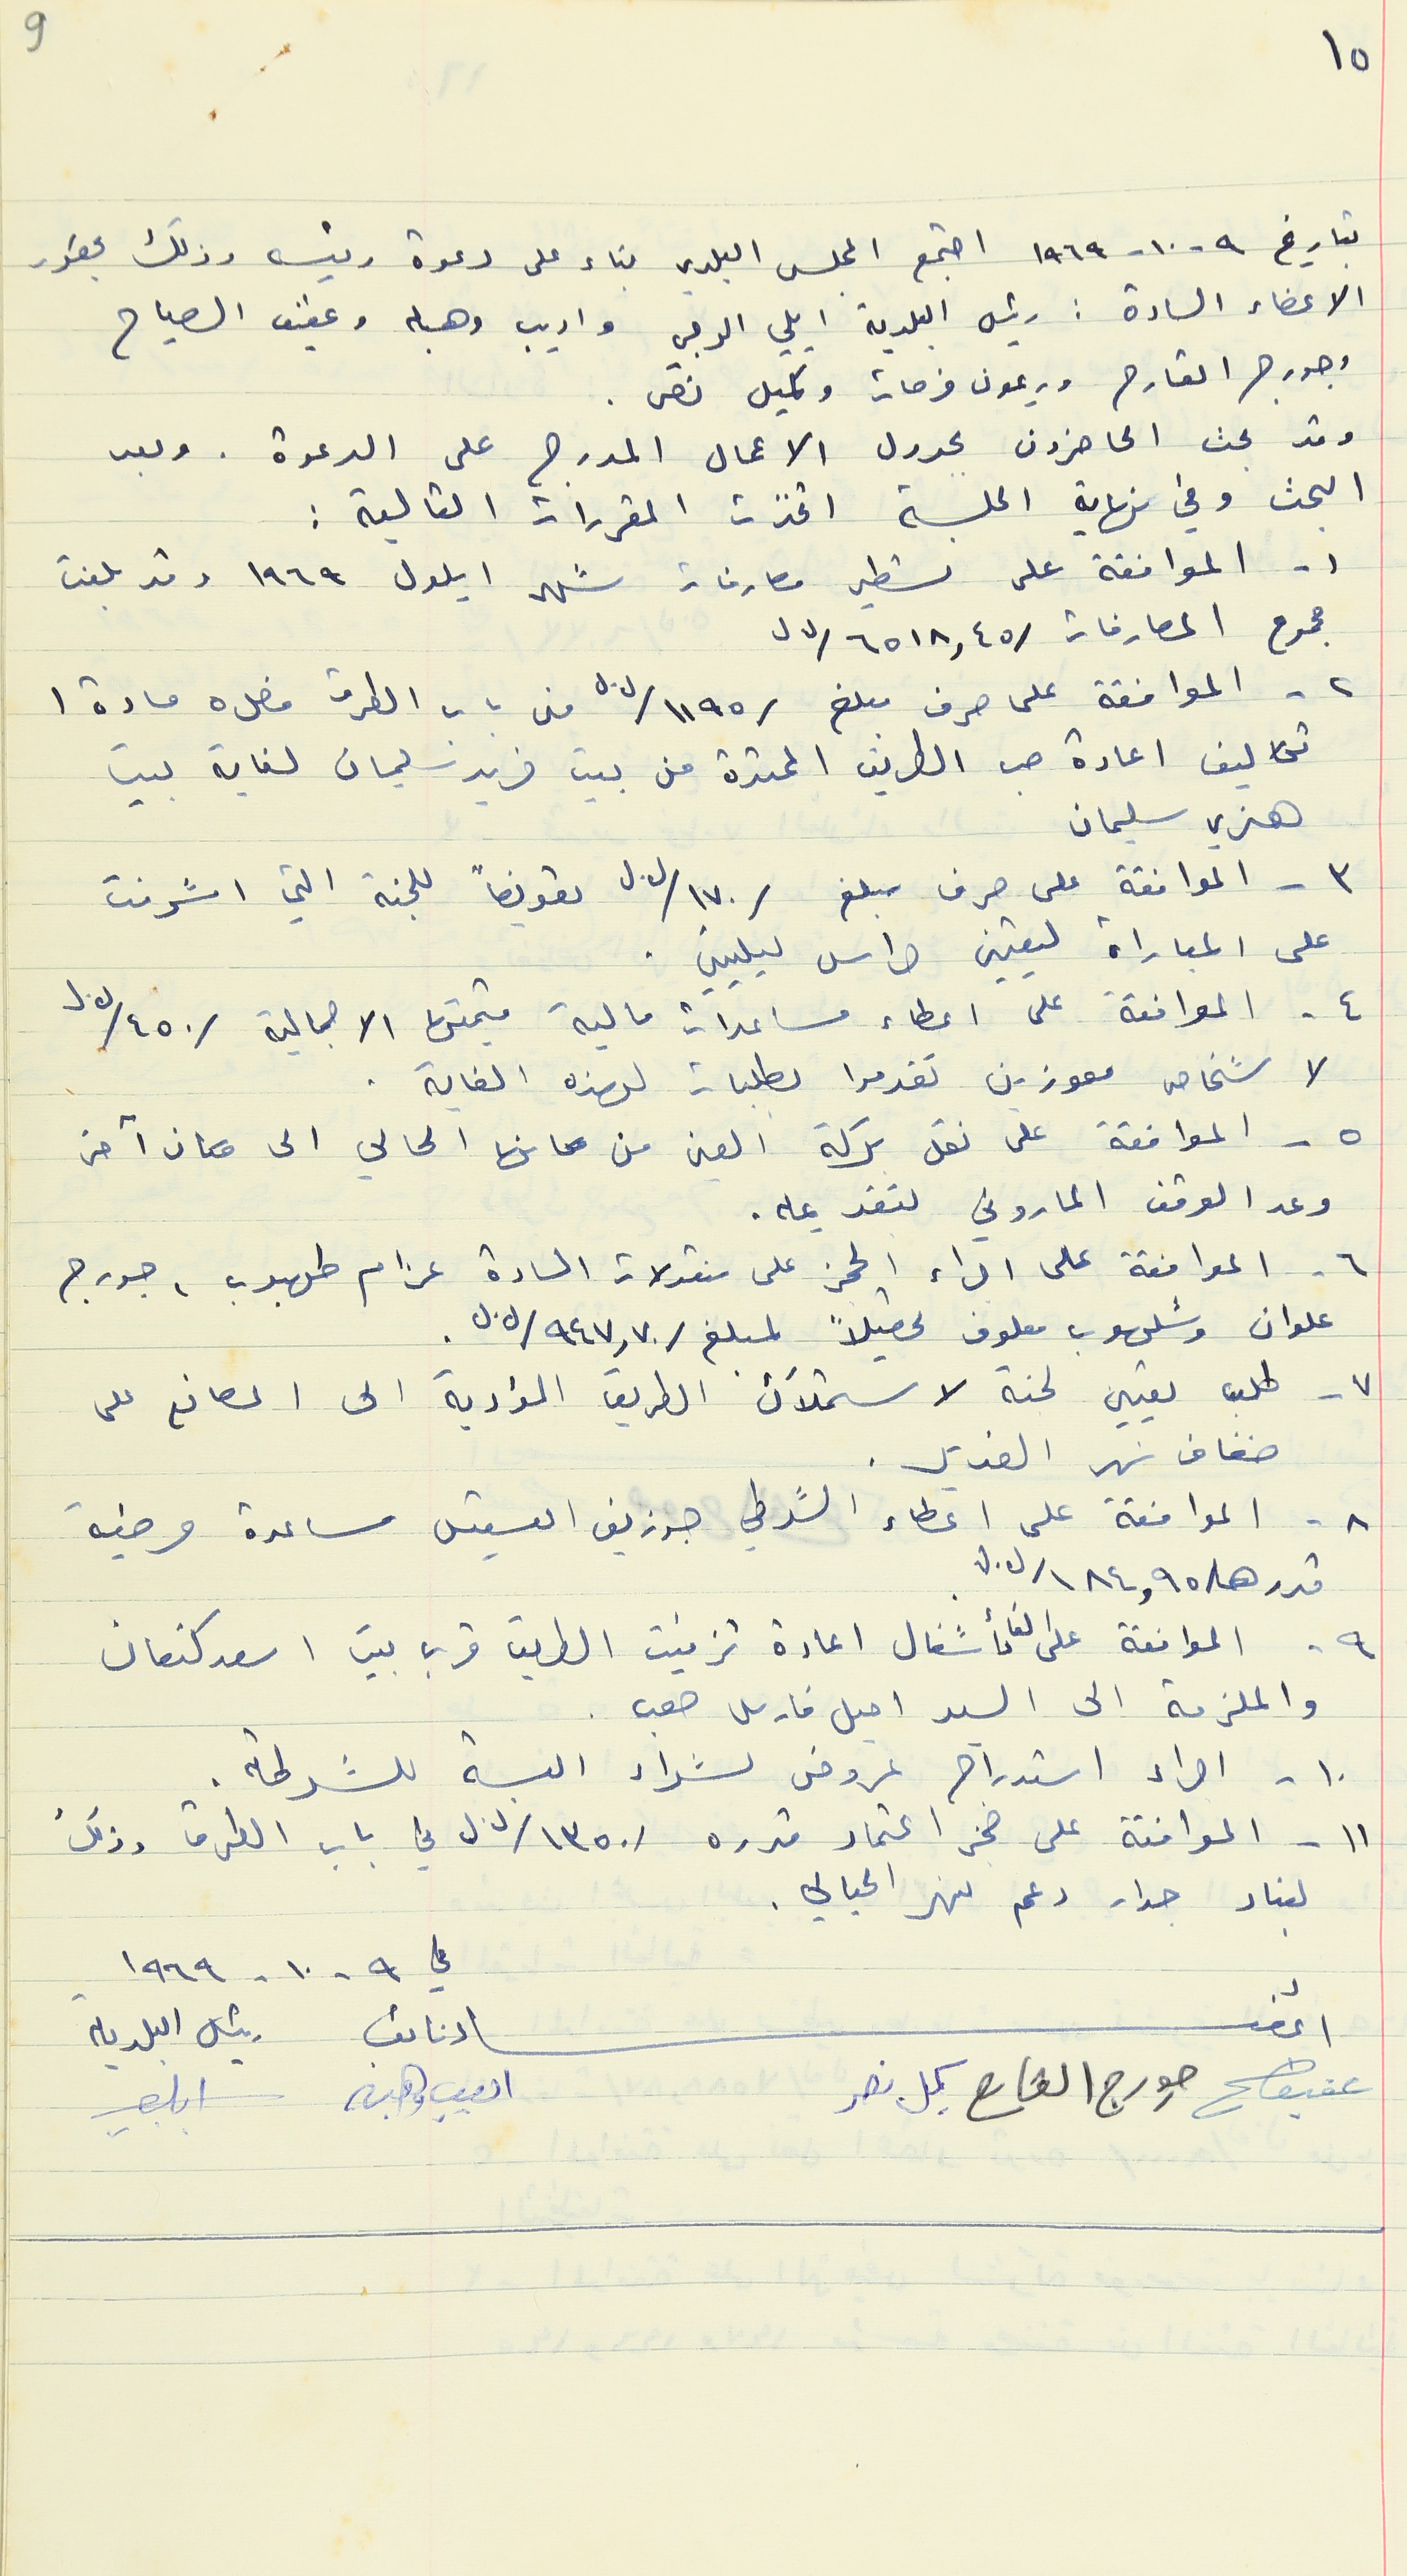
١٥
بتاريخ ٩ - ١٠ - ١٩٦٩ اجتمع المجلس البلدي بناء على دعوة رئيسه وذلك بحضور
الاعضاء السادة : رئيس البلدية ايلي الرجي واديب وهبه وعفيف الصياح
وجورج القارح وريمون فرحات وكميل نصر .
وقد بحث الحاضرون بجدول الاعمال المدرج على الدعوة. وبعد
البحث وفي نهاية اللة اتخذت المقررات التالية :
١- الموافقة على تسطير مصارفات شهر ايلول ١٩٦٩ وقد بلغت
مجموح المصارفات /٦٥١٨,٤٥/ل.ل
٢ - الموافقة على صرف مبلغ /١١٩٥/ ل.ل من باب الطرق فصل ٥ مادة ١
تكاليف اعادة صب الطريق الممتدة من بيت فريد سليمان لغاية بيت
هنري سليمان
 ٣ - الموافقة على صرف مبلغ /١٧٠/ ل.ل تعويضاً للجنة التي اشرفت
على المباراة ليعتين حراس ليليين .
٤ - الموافقة على اعطاء مساعدات مالية قيمتها الاجمالية /٤٥٠/ل.ل
 لا شخاص معوزين تقدموا بطلبات لهذه الغاية .
٥ - الموافقة على نقل بركة العين من مكانها الحالي الى مكان آخر
وعد الوقف الماروني لتقديمه.
٦ - الموافقة على اجراء الحجز على منقولات السادة عزام طهبوب ، جورج
علوان وشلهوب معلوف تحصيلاً لمبلغ /947,70/ل.ل.
٧- طلب تعيين لجنة لاستملاك الطريق المؤدية الى المصانع على
ضفاف نهر الغدير .
٨ - الموافقة على اعطاء الشرطي جوزيف القسيس مساعدة مرضية
قدرها /١٨٤,٩٥/ل.ل
٩ - الموافقة على الغاء أشغال اعادة تزفنت الطريق قرب بيت اسعد كنعان
والملزمة الى السعد اميل فارس صعب .
١٠ - اجراء استدراج عروض لشراء البسة للشرطة.
١١- الموافقة على حجز اعتماد قدره /١٣٥٠/ ل.ل في باب الطرق وذلك
لبناء جدار دعم نهر الحيالي.
في  ٩ - ١٠ - ١٩٦٩
أعضاء نائب رئيس البلدية
عفيف جورج القارح كميل نصر اديب وهبه
9